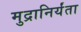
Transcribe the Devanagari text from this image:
मुद्रानिर्यंता